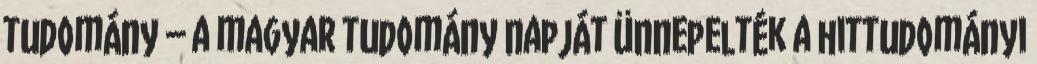
tudomány – a magyar tudomány napját ünnepelték a hittudományi